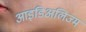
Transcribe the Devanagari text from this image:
आइडिअलिज्म